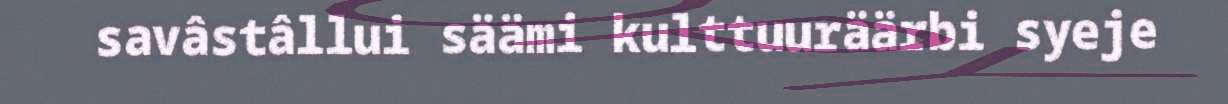
savâstâllui säämi kulttuuräärbi syeje